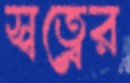
স্বত্বের